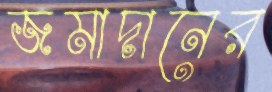
জমাদানের